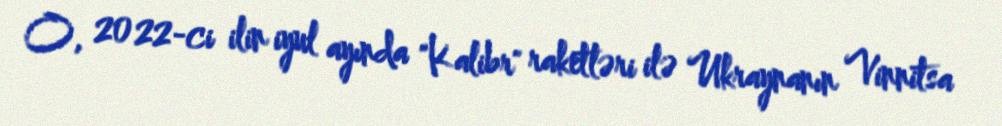
O, 2022-ci ilin iyul ayında "Kalibr" raketləri ilə Ukraynanın Vinnitsa